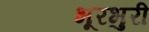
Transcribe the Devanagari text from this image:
भूरभुरी